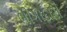
ભીગાદારો